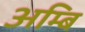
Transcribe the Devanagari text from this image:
अम्बि